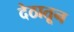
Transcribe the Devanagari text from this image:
देठातून